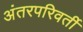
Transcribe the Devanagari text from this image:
अंतरपरिवर्ती